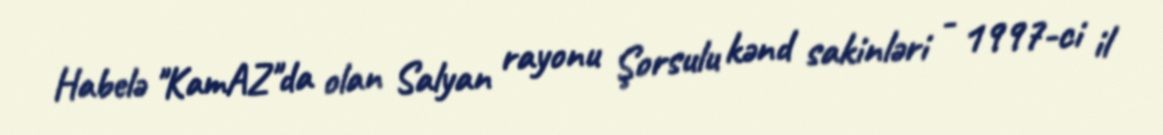
Habelə "KamAZ"da olan Salyan rayonu Şorsulu kənd sakinləri - 1997-ci il